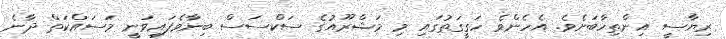
ރިޔާސީ އިންތިހާބަށެވެ. އެހެންވެ ހަގީގަތުގައި މި މަޝްރޫއުގެ ސަކްސަސް ބިނާވެފައިވަނީ މަސައްކަތް ދާނެ